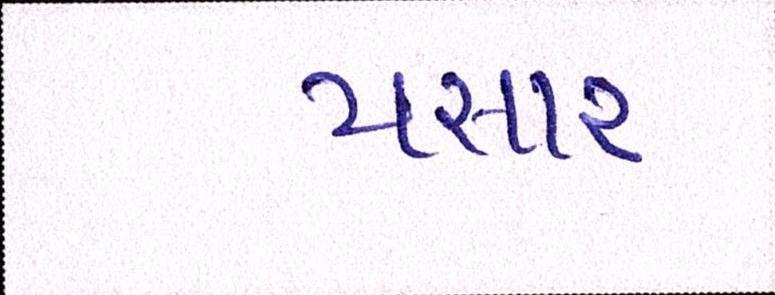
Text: પસાર